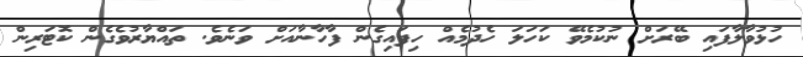
ހުޅުވާލާފައި ބޭރަށް ނުކުމެވޭ ކަހަލަ ހެދުމެއް ހިފައިގެން ފާހާނާއަށް ވަނެވެ. ތައްޔާރުވެގެން ކޮޓަރިން